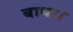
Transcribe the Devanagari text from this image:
बाधा।